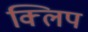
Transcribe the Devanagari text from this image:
क्‍िलप